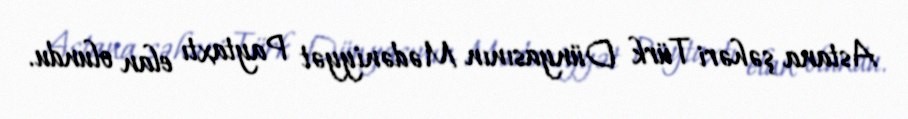
Astana şəhəri Türk Dünyasının Mədəniyyət Paytaxtı elan olundu.